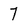
Character: 7